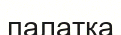
палатка